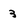
Character: 3